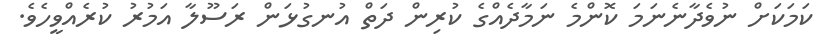
ކަމަކަށް ނުވެދާނެނަމަ ކޮންމެ ނަމާދެއްގެ ކުރިން ދަތް އުނގުޅަން ރަސޫލާ އަމުރު ކުރެއްވީހެވެ.